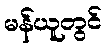
မန်ယူတွင်